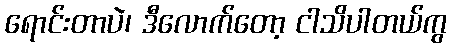
ရောင်းတာပဲ၊ ဒီလောက်တော့ ငါသိပါတယ်ကွ